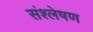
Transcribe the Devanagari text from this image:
संश्‍लेषण